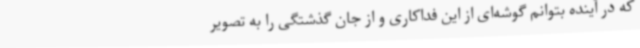
که در آینده بتوانم گوشه‌ای از این فداکاری و از جان گذشتگی را به تصویر